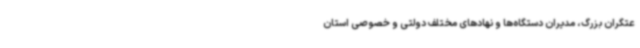
عتگران بزرگ، مدیران دستگاه‌ها و نهادهای مختلف دولتی و خصوصی استان